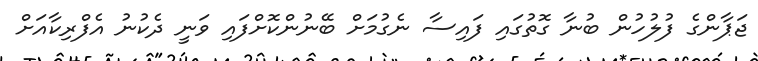
ޖަޕާންގެ ފުލުހުން ބުނާ ގޮތުގައި ފައިސާ ނެގުމަށް ބޭނުންކޮށްފައި ވަނީ ދެކުނު އެފްރިކާއަށް